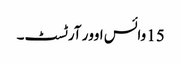
15 وائس اوور آرٹسٹ۔